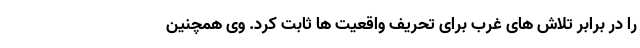
را در برابر تلاش های غرب برای تحریف واقعیت ها ثابت کرد. وی همچنین